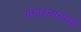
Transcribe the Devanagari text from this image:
गंगास्नानाचे